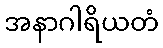
အနာဂါရိယတံ